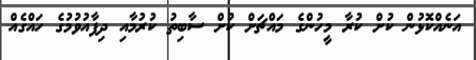
އަނެއްކޮޅުން ކުށް ކުރާ މީހުންގެ މައްޗަށް ކުށް ސާބިތު ކުރުމާއި ދިފާއުވުމުގެ ހައްގެއް